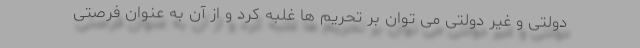
دولتی و غیر دولتی می توان بر تحریم ها غلبه کرد و از آن به عنوان فرصتی